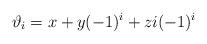
LaTeX: \begin{align*}\vartheta_i = x + y(-1)^i + z{i}(-1)^i\end{align*}